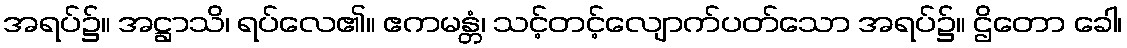
အရပ်၌။ အဋ္ဌာသိ၊ ရပ်လေ၏။ ဧကမန္တံ၊ သင့်တင့်လျောက်ပတ်သော အရပ်၌။ ဌိတော ခေါ၊